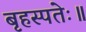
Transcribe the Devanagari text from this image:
बृहस्पतेः॥